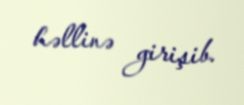
həllinə girişib.